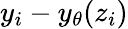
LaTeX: y_{i}-y_{\theta}(z_{i})